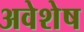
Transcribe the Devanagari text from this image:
अवेशेष